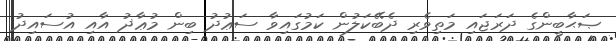
ޞަޙާބީންގެ ދަރަޖައި މަތިވެރި ދެބޭކަލުން ކަމުގައިވާ ސަޢުދު ބިން މުޢާޛު އާއި އުސައިދު